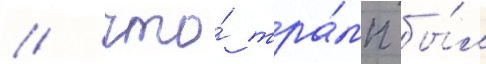
/ что́ тра́мп бы́л